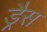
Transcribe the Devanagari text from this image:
ड्रैस